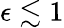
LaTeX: \epsilon\lesssim 1